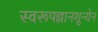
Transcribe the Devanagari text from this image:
स्वरूपज्ञानशून्येन